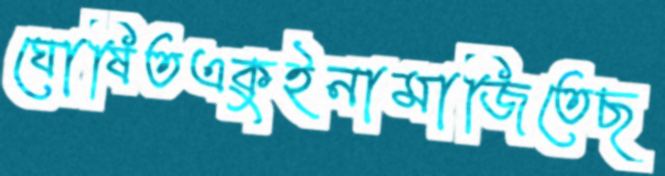
ঘোষিতএকুইনামাজিতেছ